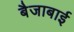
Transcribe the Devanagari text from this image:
बैजाबाई